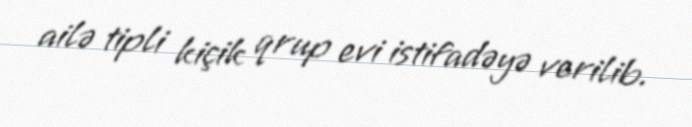
ailə tipli kiçik qrup evi istifadəyə verilib.